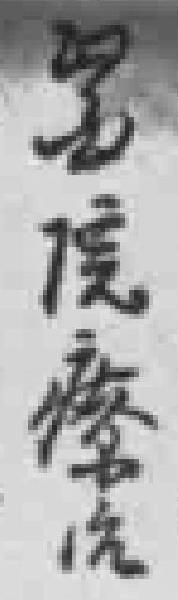
*院療治